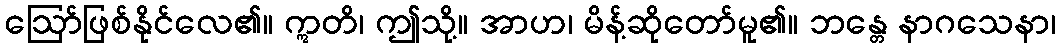
ဩော်ဖြစ်နိုင်လေ၏။ ဣတိ၊ ဤသို့။ အာဟ၊ မိန့်ဆိုတော်မူ၏။ ဘန္တေ နာဂသေနာ၊